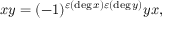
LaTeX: x y = ( - 1 ) ^ { \varepsilon ( \deg x ) \varepsilon ( \deg y ) } y x ,